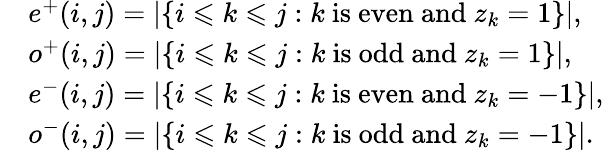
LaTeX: \begin{array}{rl}&{e^{+}(i,j)=|\{ i\leqslant k\leqslant j:k\mathrm{~is~even~and~}z_{k}=1\} |,}\\ &{o^{+}(i,j)=|\{ i\leqslant k\leqslant j:k\mathrm{~is~odd~and~}z_{k}=1\} |,}\\ &{e^{-}(i,j)=|\{ i\leqslant k\leqslant j:k\mathrm{~is~even~and~}z_{k}=-1\} |,}\\ &{o^{-}(i,j)=|\{ i\leqslant k\leqslant j:k\mathrm{~is~odd~and~}z_{k}=-1\} |.}\end{array}